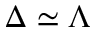
\Delta \simeq \Lambda